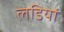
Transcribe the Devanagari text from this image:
लडियां